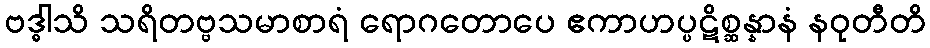
ဗဒ္ဓါသိ သရိတဗ္ဗသမာစာရံ ရောဂတောပေ ဧကာဟပ္ပဋိစ္ဆန္နာနံ နဝုတီတိ